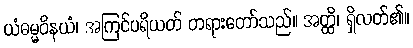
ယံဓမ္မဝိနယံ၊ အကြင်ပရိယတ် တရားတော်သည်။ အတ္ထိ၊ ရှိလတ်၏။